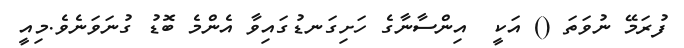
ފުރަމޭ ނުވަތަ () އަކީ  އިންސާނާގެ ހަށިގަނޑުގައިވާ އެންމެ ބޮޑު ގުނަވަނެވެ.މިއީ